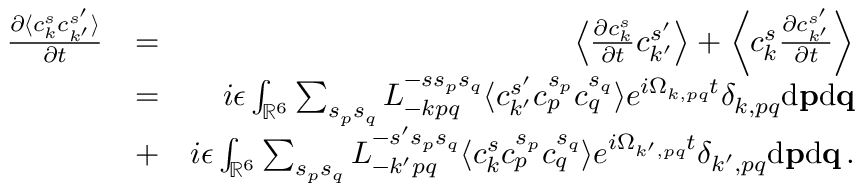
\begin{array} { r l r } { \frac { \partial \langle c _ { k } ^ { s } c _ { k ^ { \prime } } ^ { s ^ { \prime } } \rangle } { \partial t } } & { = } & { \left\langle \frac { \partial c _ { k } ^ { s } } { \partial t } c _ { k ^ { \prime } } ^ { s ^ { \prime } } \right\rangle + \left\langle c _ { k } ^ { s } \frac { \partial c _ { k ^ { \prime } } ^ { s ^ { \prime } } } { \partial t } \right\rangle } \\ & { = } & { i \epsilon \int _ { { \mathbb { R } } ^ { 6 } } \sum _ { s _ { p } s _ { q } } L _ { - k p q } ^ { - s s _ { p } s _ { q } } \langle c _ { k ^ { \prime } } ^ { s ^ { \prime } } c _ { p } ^ { s _ { p } } c _ { q } ^ { s _ { q } } \rangle e ^ { i \Omega _ { k , p q } t } \delta _ { k , p q } \mathrm { d } { \bf p } \mathrm { d } { \bf q } } \\ & { + } & { i \epsilon \int _ { { \mathbb { R } } ^ { 6 } } \sum _ { s _ { p } s _ { q } } L _ { - k ^ { \prime } p q } ^ { - s ^ { \prime } s _ { p } s _ { q } } \langle c _ { k } ^ { s } c _ { p } ^ { s _ { p } } c _ { q } ^ { s _ { q } } \rangle e ^ { i \Omega _ { k ^ { \prime } , p q } t } \delta _ { k ^ { \prime } , p q } \mathrm { d } { \bf p } \mathrm { d } { \bf q } \, . } \end{array}